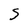
Character: s